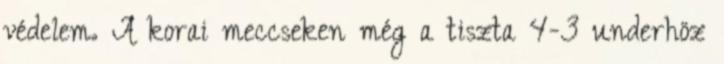
védelem. A korai meccseken még a tiszta 4-3 underhöz